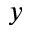
y